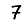
Digit: 7